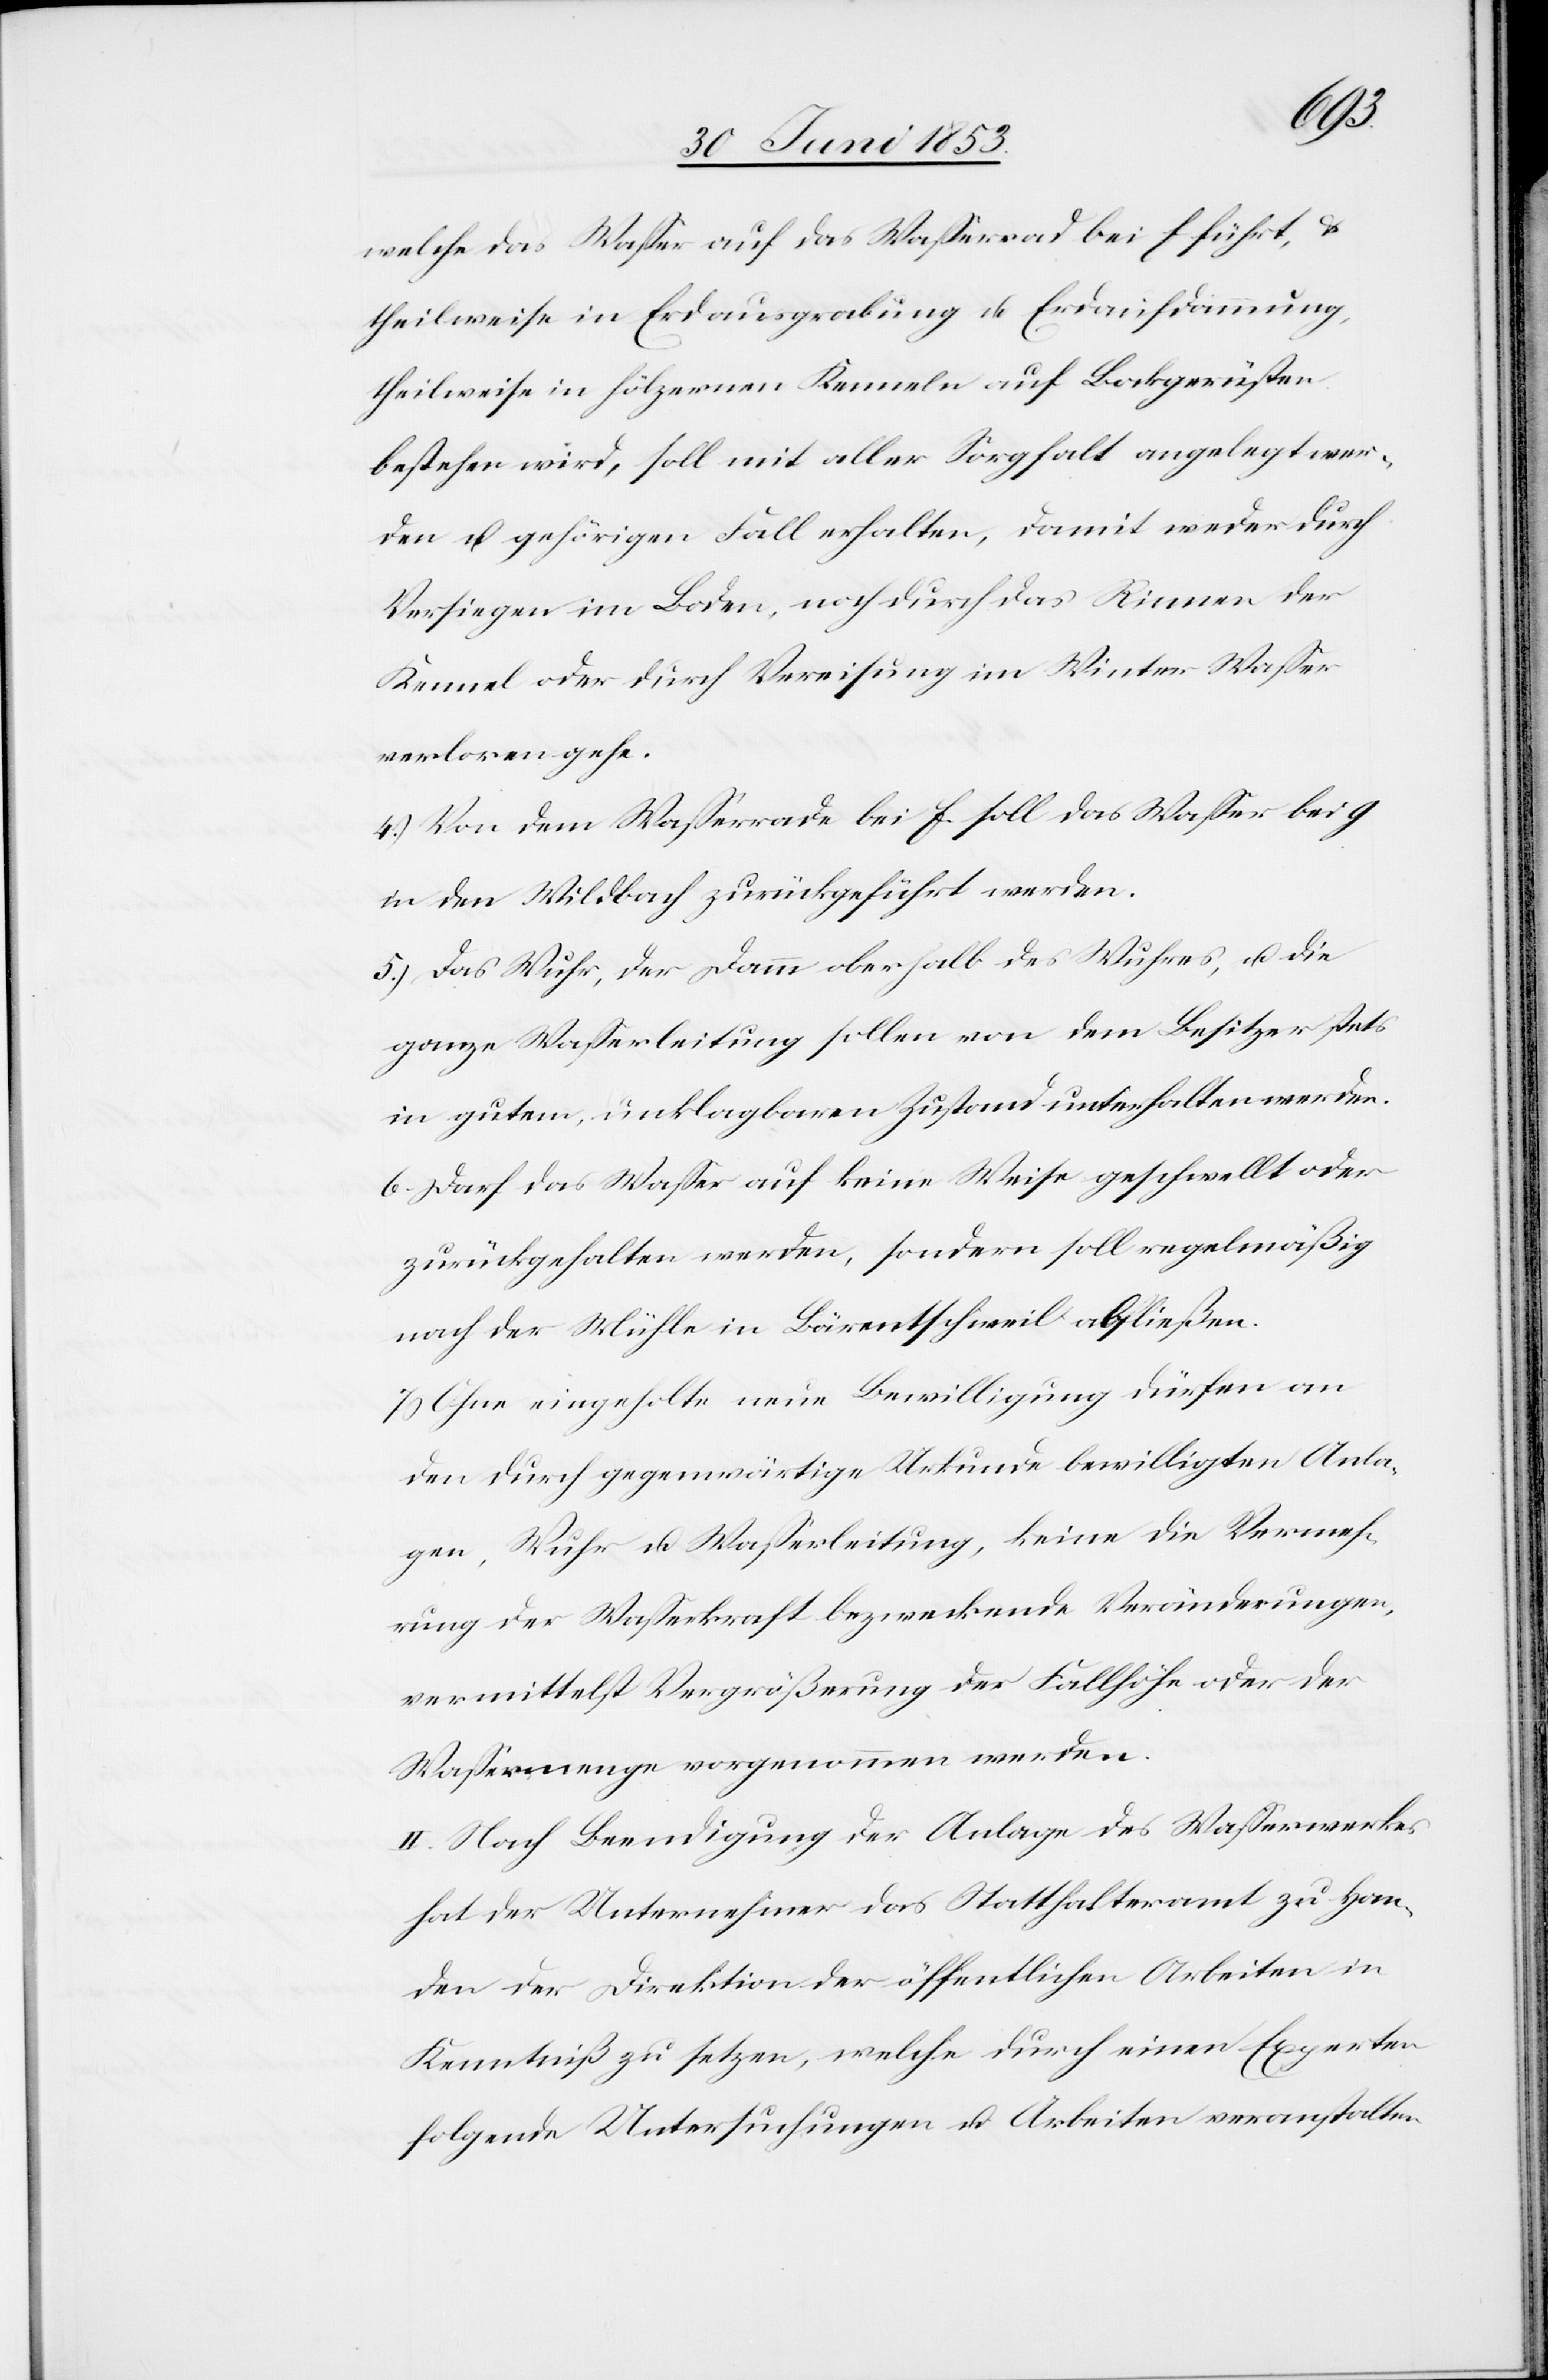
welche das Waßer auf das Waßerrad bei f führt,u.
theilweise in Erdausgrabung u. Erdaufdämmung,
theilweise in hölzernen Kenneln auf Backgerüsten
bestehen wird, soll mit aller Sorgfalt angelegt wer¬
den u. gehörigen Fall erhalten, damit weder durch
Versiegen im Boden, noch durch das Rinnen der
Kennel oder durch Vereisung im Winter Waßer
verloren gehe.
4.) Von dem Waßerrade bei f soll das Waßer bei g
in den Wildbach zurückgeführt werden.
5.) Das Wuhr, der Damm oberhalb des Wuhres, u. die
ganze Waßerleitung sollen von dem Besitzer stets
in gutem, unklagbarem Zustand unterhalten werden.
6.) Darf das Waßer auf keine Weise geschwellt oder
zurückgehalten werden, sondern soll regelmäßig
nach der Mühle in Bärentschweil abfließen.
7.) Ohne eingeholte neue Bewilligung dürfen an
den durch gegenwärtige Urkunde bewilligten Anla¬
gen, Wuhr u. Waßerleitung, keine die Vermeh¬
rung der Waßerkraft bezweckende Veränderungen,
vermittelst Vergrößerung der Fallhöhe oder der
Waßermenge vorgenommen werden.
II. Nach Beendigung der Anlage des Waßerwerkes
hat der Unternehmer das Statthalteramt zu Han¬
den der Direktion der öffentlichen Arbeiten in
Kenntniß zu setzen, welche durch einen Experten
folgende Untersuchungen u. Arbeiten veranstalten